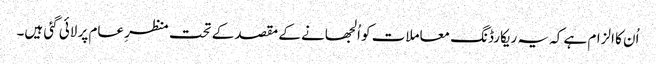
اُن کا الزام ہے کہ یہ ریکارڈنگ معاملات کو اُلجھانے کے مقصد کے تحت منظرِ عام پر لائی گئی ہیں۔